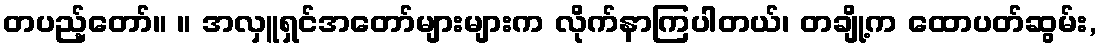
တပည့်တော်။ ။ အလှူရှင်အတော်များများက လိုက်နာကြပါတယ်၊ တချို့က ထောပတ်ဆွမ်း,